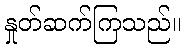
နှုတ်ဆက်ကြသည်။